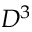
D ^ { 3 }